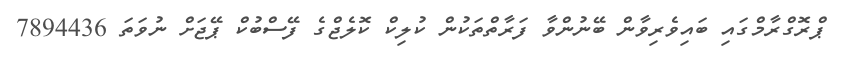
ޕްރޮގްރާމްގައި ބައިވެރިވާން ބޭނުންވާ ފަރާތްތަކުން ކުލިކް ކޮލެޖްގެ ފޭސްބުކް ޕޭޖަށް ނުވަތަ 7894436